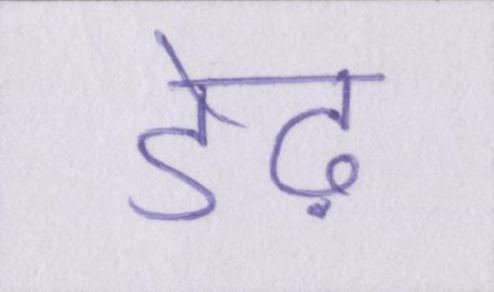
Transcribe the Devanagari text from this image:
डेढ़